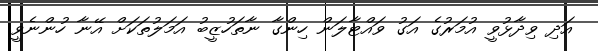
އަދި ވިދާޅުވީ އުމަރުގެ އަގު ވައްޓާލަން ހިންގާ ނާތަހުޒީބު އަމަލުތަކަށް އޭނާ ހުންނެވީ